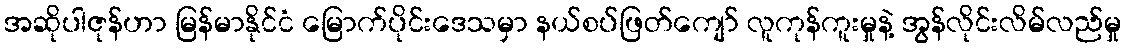
အဆိုပါဇုန်ဟာ မြန်မာနိုင်ငံ မြောက်ပိုင်းဒေသမှာ နယ်စပ်ဖြတ်ကျော် လူကုန်ကူးမှုနဲ့ အွန်လိုင်းလိမ်လည်မှု